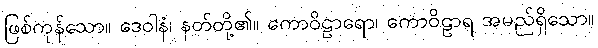
ဖြစ်ကုန်သော။ ဒေဝါနံ၊ နတ်တို့၏။ ကောဝိဠာရော၊ ကောဝိဠာရ အမည်ရှိသော။